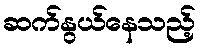
ဆက်နွယ်နေသည့်